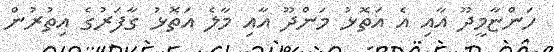
ހަންޏާމީދޫ އާއި އެ އަތޮޅު މަންދޫ އާއި މާލެ އަތޮޅު ގާފަރުގެ އިތުރުން